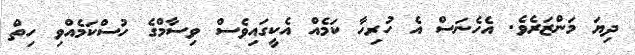
ދިޔަ މަންޒަރެވެ. އެހެނަސް އެ ހުރިހާ ކަމެއް އެކީގައިވެސް ވިސާމްގެ ހުސްކަމެއްވި ހިތް